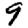
Digit: 9